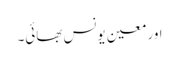
اور معین یونس بھائی۔